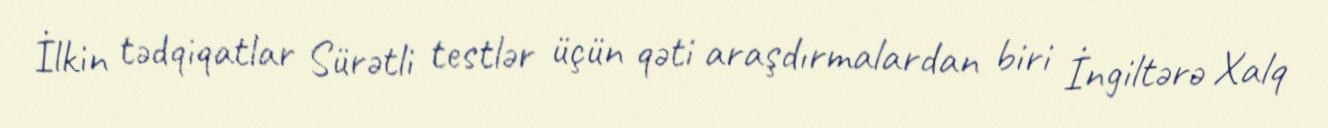
İlkin tədqiqatlar Sürətli testlər üçün qəti araşdırmalardan biri İngiltərə Xalq